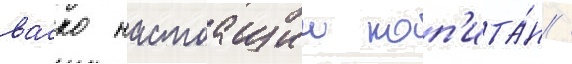
васко настоащии кап'ита́н /